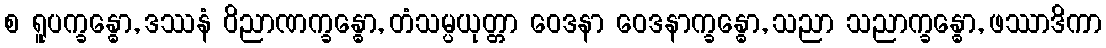
စ ရူပက္ခန္ဓော, ဒဿနံ ဝိညာဏက္ခန္ဓော, တံသမ္ပယုတ္တာ ဝေဒနာ ဝေဒနာက္ခန္ဓော, သညာ သညာက္ခန္ဓော, ဖဿာဒိကာ